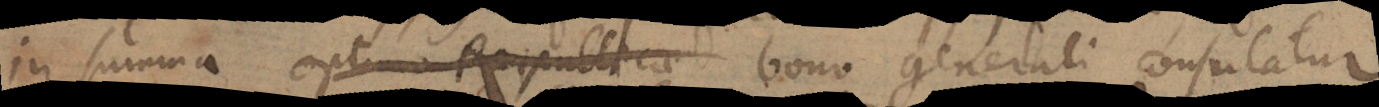
in summa optimo Reipublicae bono generali consulatur,